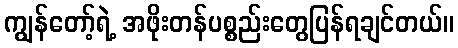
ကျွန်တော့်ရဲ့ အဖိုးတန်ပစ္စည်းတွေပြန်ရချင်တယ်။